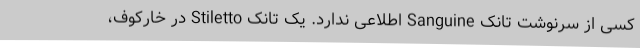
کسی از سرنوشت تانک Sanguine اطلاعی ندارد. یک تانک Stiletto در خارکوف،